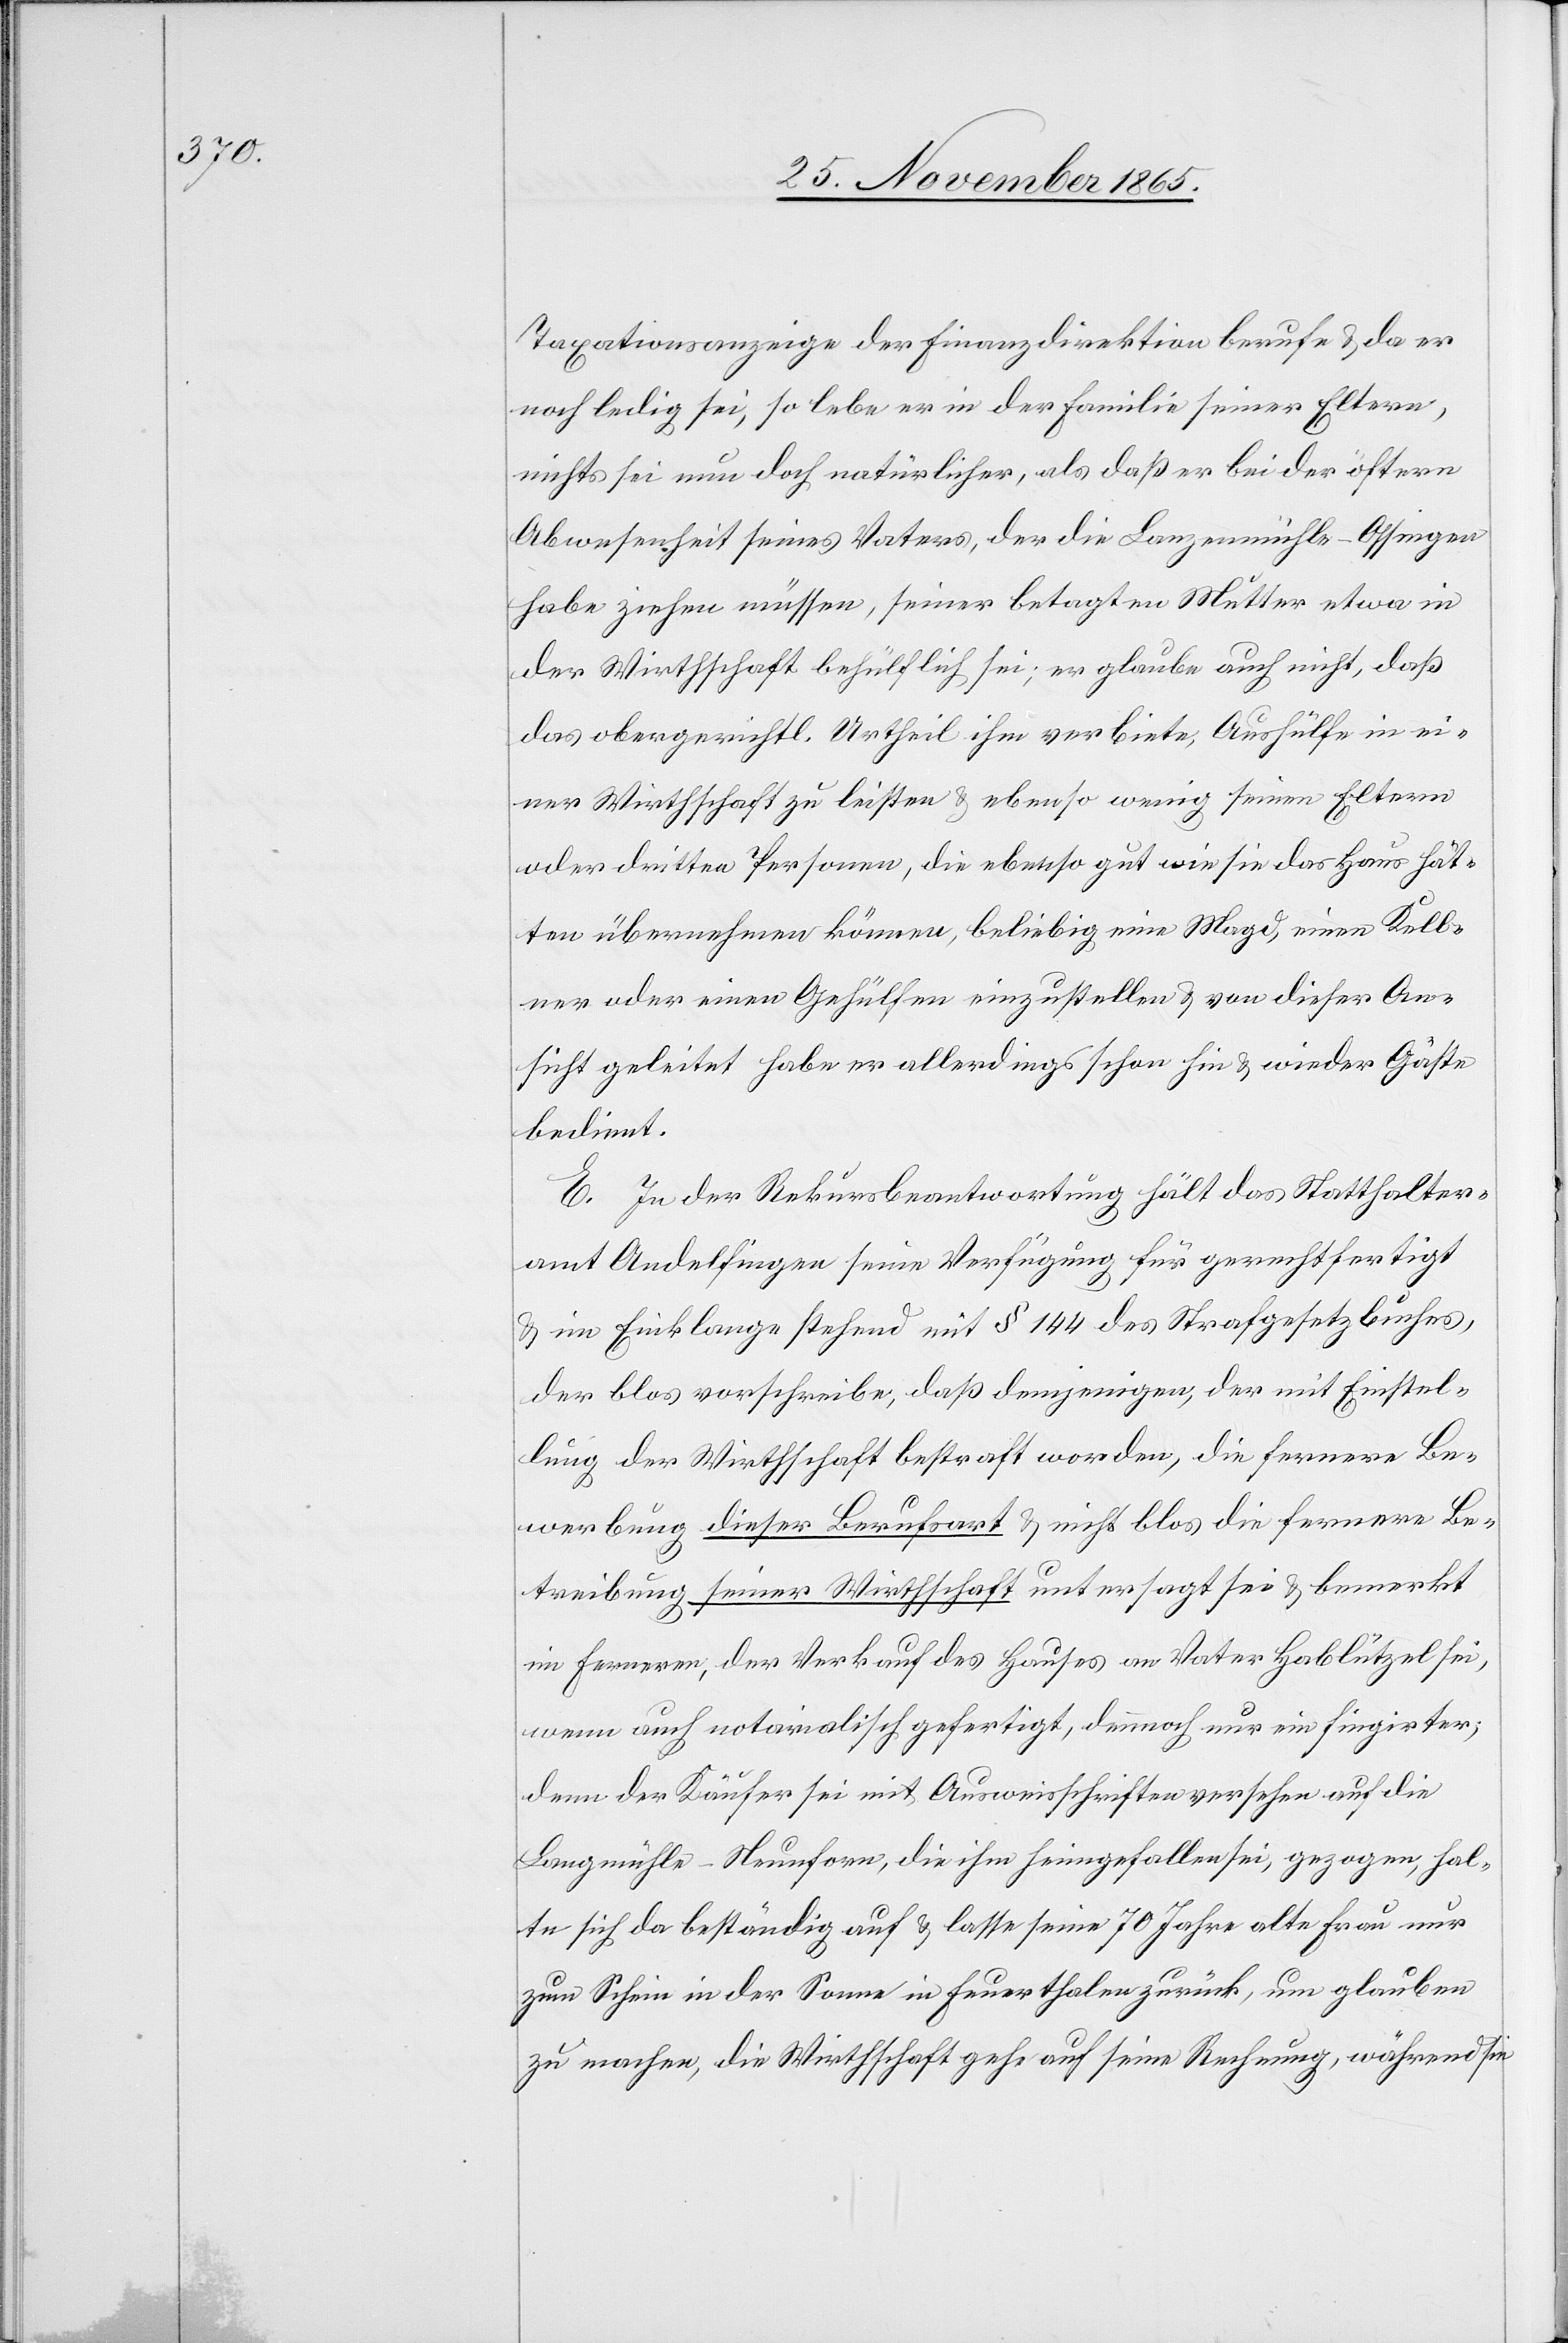
Taxationsanzeige der Finanzdirektion berufe & da er
noch ledig sei, so lebe er in der Familie seiner Eltern,
nichts sei nun doch natürlicher, als daß er bei der öftern
Abwesenheit seines Vaters, der die Lanzenmühle - Ossingen
habe ziehen müssen [sic!], seiner betagten Mutter etwa in
der Wirthschaft behülflich sei; er glaube auch nicht, daß
das obergerichtl. Urtheil ihm verbiete, Aushülfe in ei¬
ner Wirthschaft zu leisten & ebenso wenig seinen Eltern
oder dritten Personen, die ebenso gut wie sie das Haus hät¬
ten übernehmen können, beliebig eine Magd, einen Kell¬
ner oder einen Gehülfen einzustellen & von dieser An¬
sicht geleitet habe er allerdings schon hin & wieder Gäste
bedient.
E. In der Rekursbeantwortung hält das Statthalter¬
amt Andelfingen seine Verfügung für gerechtfertigt
& im Einklange stehend mit § 144 des Strafgesetzbuches,
der blos vorschreibe, daß demjenigen, der mit Einstel¬
lung der Wirthschaft bestraft worden, die fernere Be¬
werbung dieser Berufsart & nicht blos die fernere Be¬
treibung seiner Wirthschaft untersagt sei & bemerkt
im Fernern, der Verkauf des Hauses an Vater Hablützel sei,
wenn auch notarialisch gefertigt, dennoch nur ein fingirter;
denn der Käufer sei mit Ausweisschriften versehen auf die
Langmühle - Neunforn [sic!], die ihm heimgefallen sei, gezogen, hal¬
te sich da beständig auf & lasse seine 70 Jahre alte Frau nur
zum Schein in der Sonne in Feuerthalen zurück, um glauben
zu machen, die Wirthschaft gehe auf seine Rechnung, während sie